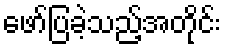
ဖော်ပြခဲ့သည့်အတိုင်း